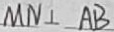
M N \bot A B